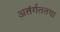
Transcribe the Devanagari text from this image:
अतंर्गततथा